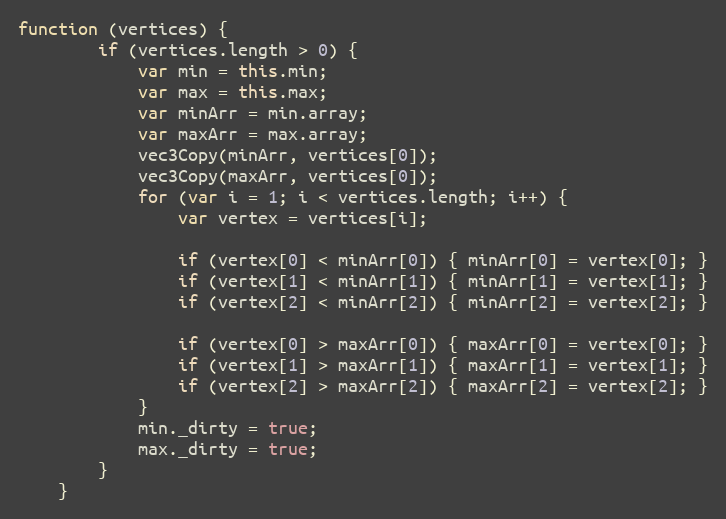
Language: JavaScript
function (vertices) {
        if (vertices.length > 0) {
            var min = this.min;
            var max = this.max;
            var minArr = min.array;
            var maxArr = max.array;
            vec3Copy(minArr, vertices[0]);
            vec3Copy(maxArr, vertices[0]);
            for (var i = 1; i < vertices.length; i++) {
                var vertex = vertices[i];

                if (vertex[0] < minArr[0]) { minArr[0] = vertex[0]; }
                if (vertex[1] < minArr[1]) { minArr[1] = vertex[1]; }
                if (vertex[2] < minArr[2]) { minArr[2] = vertex[2]; }

                if (vertex[0] > maxArr[0]) { maxArr[0] = vertex[0]; }
                if (vertex[1] > maxArr[1]) { maxArr[1] = vertex[1]; }
                if (vertex[2] > maxArr[2]) { maxArr[2] = vertex[2]; }
            }
            min._dirty = true;
            max._dirty = true;
        }
    }